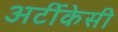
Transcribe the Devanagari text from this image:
अर्टीकेसी